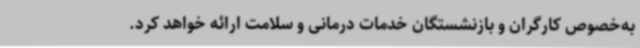
به‌خصوص کارگران و بازنشستگان خدمات درمانی و سلامت ارائه خواهد کرد.